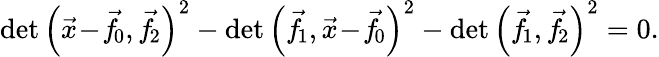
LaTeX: \operatorname*{det}\left({\vec{x}}\! -\! {\vec{f}}\! _{0},{\vec{f}}\! _{2}\right)^{2}-\operatorname*{det}\left({\vec{f}}\! _{1},{\vec{x}}\! -\! {\vec{f}}\! _{0}\right)^{2}-\operatorname*{det}\left({\vec{f}}\! _{1},{\vec{f}}\! _{2}\right)^{2}=0.